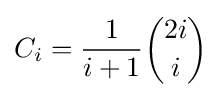
C_{i}={\frac {1}{i+1}}{\binom {2i}{i}}